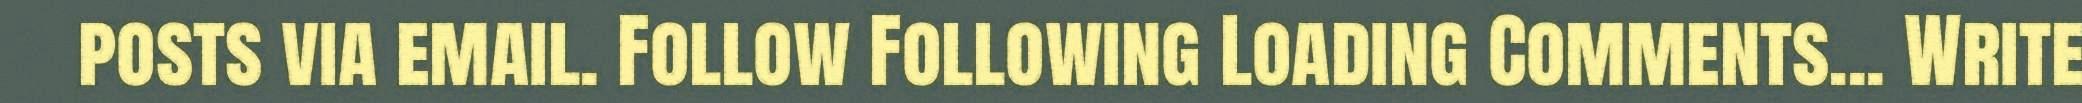
posts via email. Follow Following Loading Comments... Write